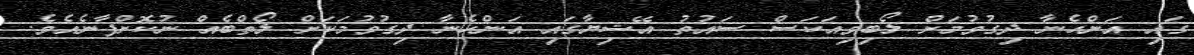
ގައި އަންހެނާ ދިގުވުމަށް ލޯބިވިއަކަސް ސައުތު އޭޝިޔާގައި އަންހެނާ ދިގުވުމަކަށް ލޯތްބެއް ނުކޮށްފާނެއެވެ.